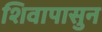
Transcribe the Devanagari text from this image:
शिवापासुन